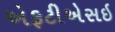
એફટીએસઇ